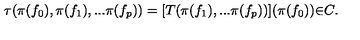
{ \tau } ( { \pi } ( f _ { 0 } ) , { \pi } ( f _ { 1 } ) , . . . { \pi } ( f _ { p } ) ) = [ T ( { \pi } ( f _ { 1 } ) , . . . { \pi } ( f _ { p } ) ) ] ( { \pi } ( f _ { 0 } ) ) { \in } C .